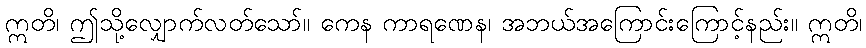
ဣတိ၊ ဤသို့လျှောက်လတ်သော်။ ကေန ကာရဏေန၊ အဘယ်အကြောင်းကြောင့်နည်း။ ဣတိ၊